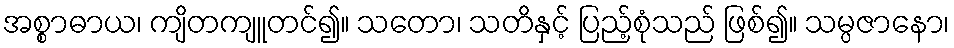
အစ္စာဓာယ၊ ကျိတကျူတင်၍။ သတော၊ သတိနှင့် ပြည့်စုံသည် ဖြစ်၍။ သမ္ပဇာနော၊